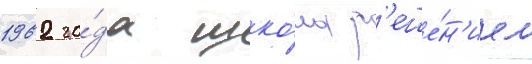
1962 го́да шко́ла р'еше́н'ием